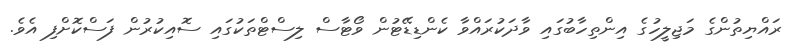
ރައްޔިތުންގެ މަޖިލީހުގެ އިންތިހާބުގައި ވާދަކުރައްވާ ކެންޑިޑޭޓުން ވޯޓާސް ލިސްޓްތަކުގައި ސޮއިކުރުން ފަސްކޮށްފި އެވެ.